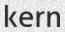
kern